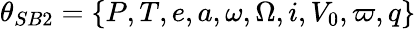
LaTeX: \theta_{SB2}=\{ P,T,e,a,\omega,\Omega,i,V_{0},\varpi,q\}